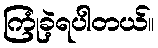
ကြုံခဲ့ရပါတယ်။